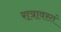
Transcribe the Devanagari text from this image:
रात्रावस्तं